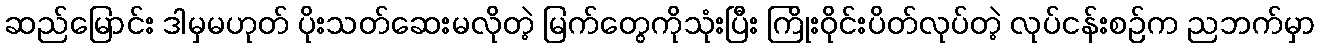
ဆည်မြောင်း ဒါမှမဟုတ် ပိုးသတ်ဆေးမလိုတဲ့ မြက်တွေကိုသုံးပြီး ကြိုးဝိုင်းပိတ်လုပ်တဲ့ လုပ်ငန်းစဉ်က ညဘက်မှာ